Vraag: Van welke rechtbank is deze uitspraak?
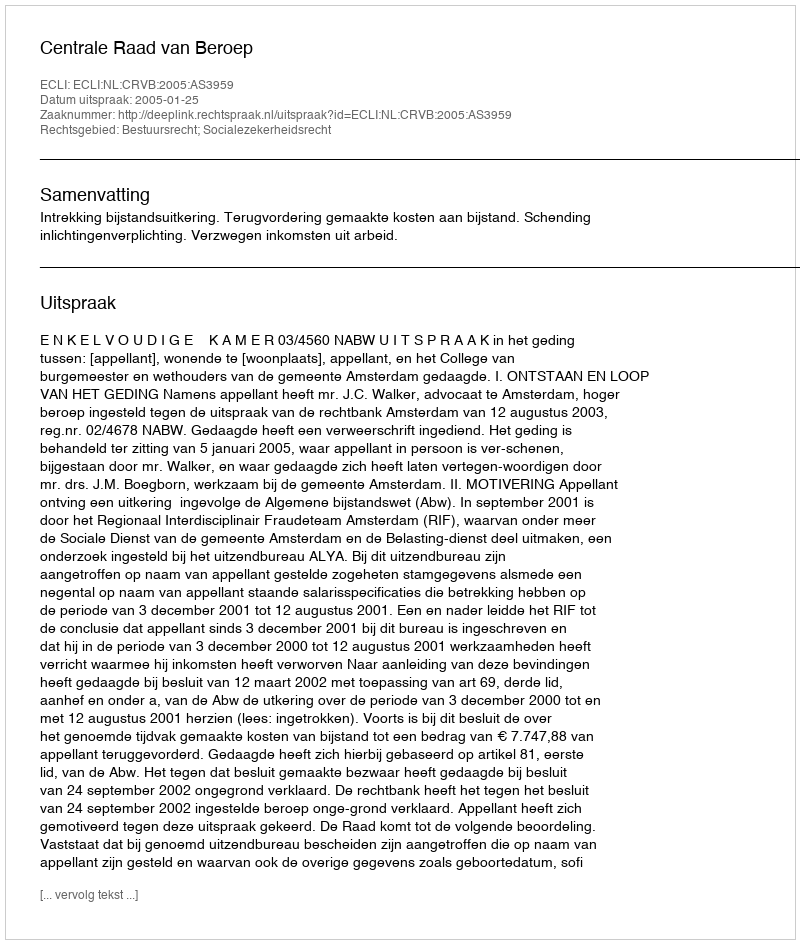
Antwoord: Centrale Raad van Beroep